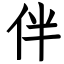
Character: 伴